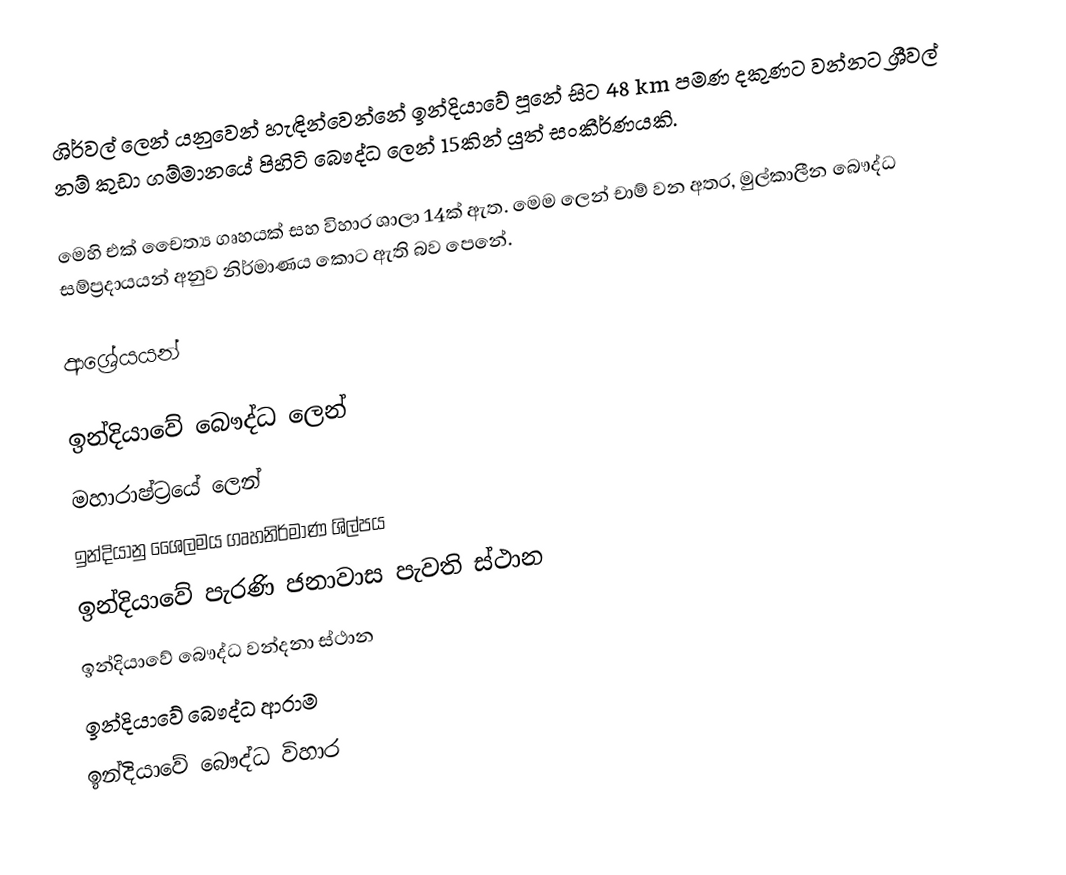
ශිර්වල් ලෙන් ‍යනුවෙන් හැඳින්වෙන්නේ ඉන්දියාවේ පූනේ සිට 48 km පමණ දකුණට වන්නට ශ්‍රීවල් නම් කුඩා ගම්මානයේ පිහිටි බෞද්ධ ලෙන් 15කින් යුත් සංකීර්ණයකි.

මෙහි එක් චෛත්‍ය ගෘහයක් සහ විහාර ශාලා 14ක් ඇත. මෙම ලෙන් චාම් වන අතර, මුල්කාලීන බෞද්ධ සම්ප්‍රදායයන් අනුව නිර්මාණය කොට ඇති බව පෙනේ.

ආශ්‍රේයයන්

ඉන්දියාවේ බෞද්ධ ලෙන්
මහාරාෂ්ට්‍රයේ ලෙන්
ඉන්දියානු ශෛලමය ගෘහනිර්මාණ ශිල්පය
ඉන්දියාවේ පැරණි ජනාවාස පැවති ස්ථාන
ඉන්දියාවේ බෞද්ධ වන්දනා ස්ථාන
ඉන්දියාවේ බෞද්ධ ආරාම
ඉන්දියාවේ බෞද්ධ විහාර